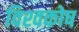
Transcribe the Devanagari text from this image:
विश्‍वकोष